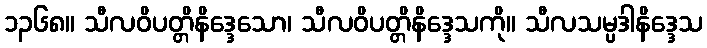
၁၃၆၈။ သီလဝိပတ္တိနိဒ္ဒေသော၊ သီလဝိပတ္တိနိဒ္ဒေသကို။ သီလသမ္ပဒါနိဒ္ဒေသ